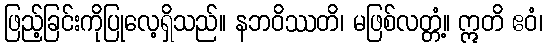
ဖြည့်ခြင်းကိုပြုလေ့ရှိသည်။ နဘဝိဿတိ၊ မဖြစ်လတ္တံ့။ ဣတိ ဧဝံ၊